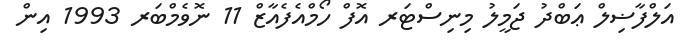
އަލްފާޟިލް ޢަބްދު ޖަމީލު މިނިސްޓަރ އޮފް ހޯމްއެފެއާޒް 11 ނޮވެމްބަރ 1993 އިން